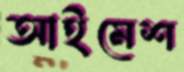
আইমেশ